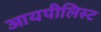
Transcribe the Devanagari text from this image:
आयपीलिस्ट